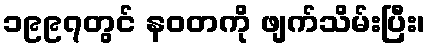
၁၉၉၇တွင် နဝတကို ဖျက်သိမ်းပြီး၊